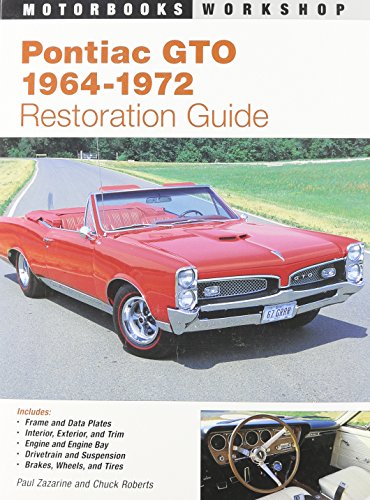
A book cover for Pontiac GTO Restoration Guide, 1964-1972 (Motorbooks Workshop); Paul Zazarine; Engineering & Transportation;